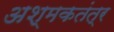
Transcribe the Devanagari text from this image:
अश्मकतंत्र